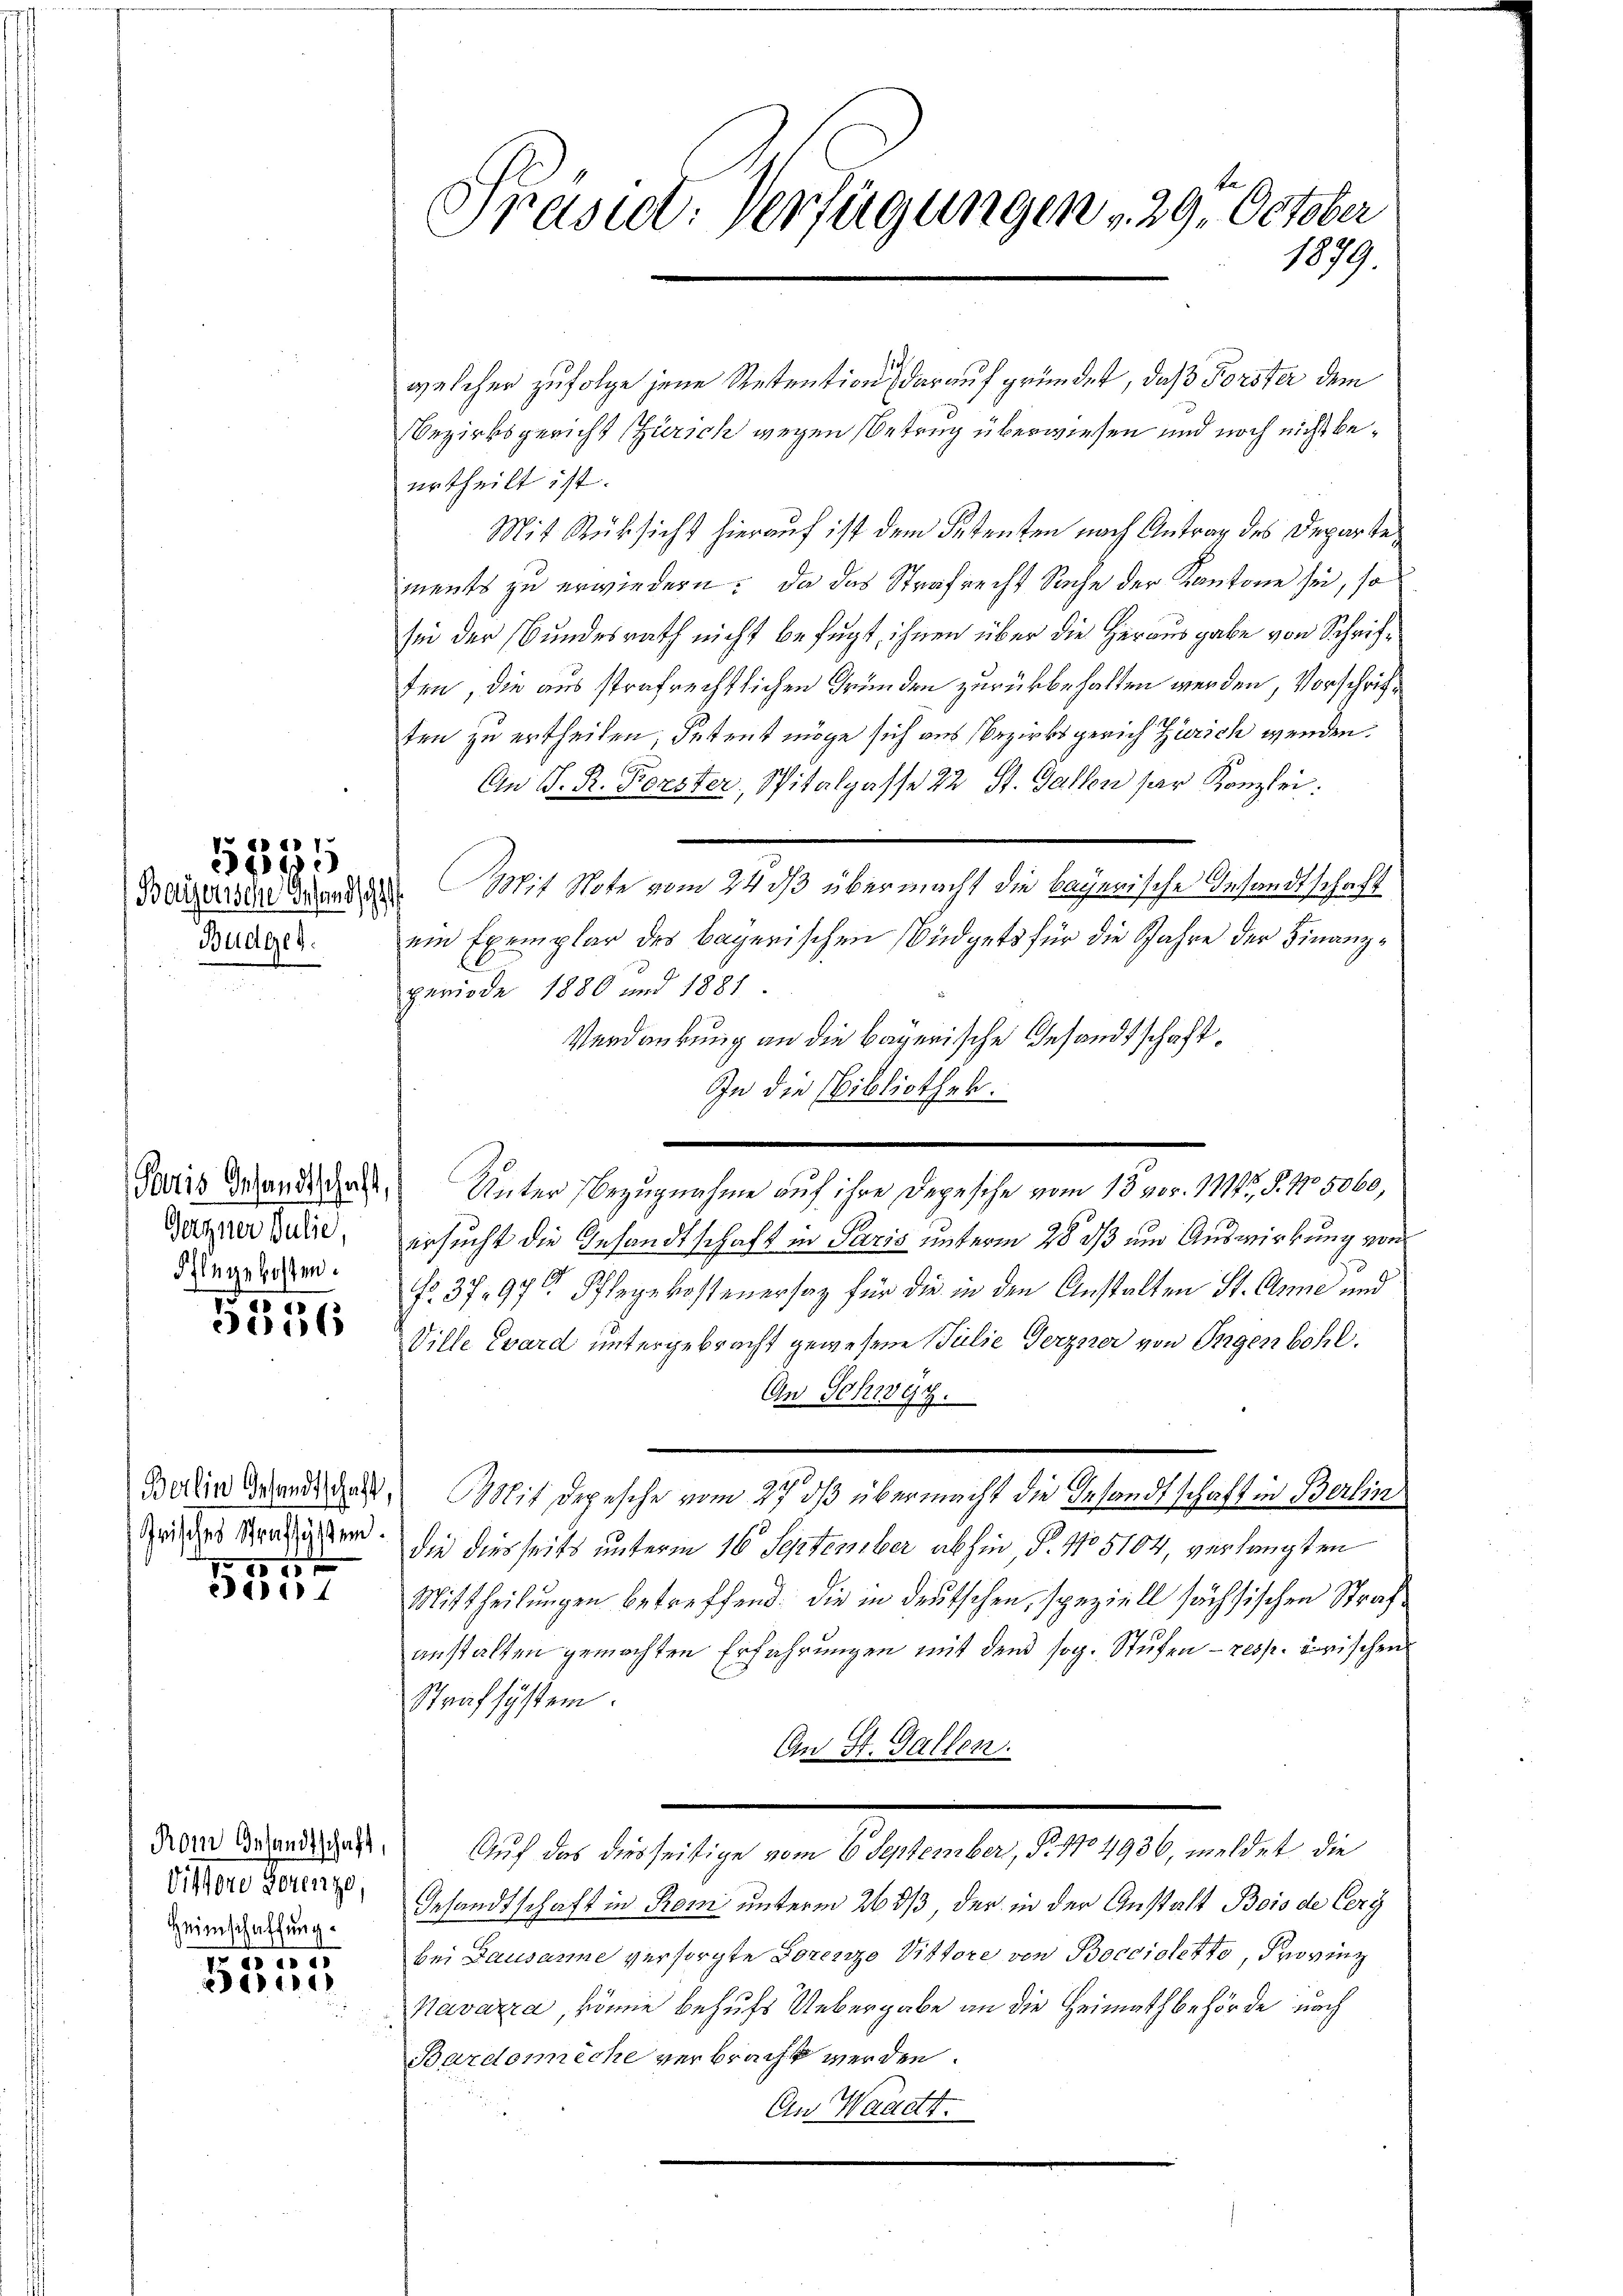
Budget.

S 1
500

Gegner Julie,
dhingekosten.

5336

x

Jais

Rom Gesandtschaft,
Heimschaffung.

da.
de

welcher zufolge jene Retention darauf gründet, daß Förster dem
Bezirksgericht Zürich wegen Betrug überwiesen und noch nicht beurtheilt ist.
Mit Rücksicht hierauf ist dem Petenten nach Antrag des Departements zu erwiedern; da das Strafrecht Sache der Kantone sei, so
sei der Bundesrath nicht befugt, ihnen über die Herausgabe von Schriffen, die aus strafrechtlichen Gründen zurückbehalten werden, Vorschrift
ten zu ertheilen, Petent möge sich aus Bezirksgerich Zürich wenden.
An D. R. Forster, Spitalpasse 22 St. Gallen ser Kanzlei:
Bagassen Landen Mit Note vom 24 dß übermacht die bayerische Gesandtschaft
ein Exemplar des bayerischen Büdgets für die Jahre der Finanzperiode 1880 und 1881
Verdankung an die bayerische Gesandtschaft.
In die Bibliothek.
Jaotis Brandidat Unter Bezugnahme auf ihre Depesche vom 15. pr. 1719, S. Nr. 5060,
ersucht die Gesandtschaft in Paris unterm 28. ds um Auswirkung von
Fr. 3797 Pflegekostenersag für die in den Anstalten St. Arme und
Wille ward untergebracht gewesene Julie Gerzner von Ingenbohl.
An Schwyz.
Boden Wand das Mit Depesche vom 27. ds übermacht die Gesandtschaft in Berlin
dn des Kraiser, die diesseits unterm 16. September abhin, P. No 5164, verlangten
Mittheilungen betreffend. Die in deutschen, speziell sächsischen Strafanstalten gemachten Erfahrungen mit den sog. Stufen - resp. zerischen
Straf system.
An St. Gallen.
del der Baselst ein Schreiben eine es nun ist die
Tintere Seren Gesandtschaft in Rom unterm 263/3, der in der Anstalt Bois de Cerg
bei Lausanne versorgte Torenze Vittore von Boccioletto, Provinz
Navazza, könne behufs Uebergabe an die Heimathbehörde nach
Bardomeche verbracht werden.
An Waadt.

Präsent. Verfügungen 29. October
1879.